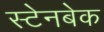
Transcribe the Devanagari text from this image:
स्टेनबेक